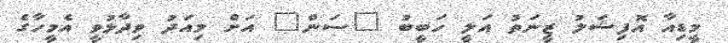
މީޑިއާ އޮފިޝަލު ޒީނަތު އަލީ ހަބީބު "ސަން" އަށް މިއަދު ވިދާޅުވީ އެމީހާގެ